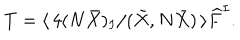
T = \langle \, 4 ( N \bar { X } ) _ { I } / ( \bar { X } , N \bar { X } ) \, \rangle \widehat { F } ^ { I } .